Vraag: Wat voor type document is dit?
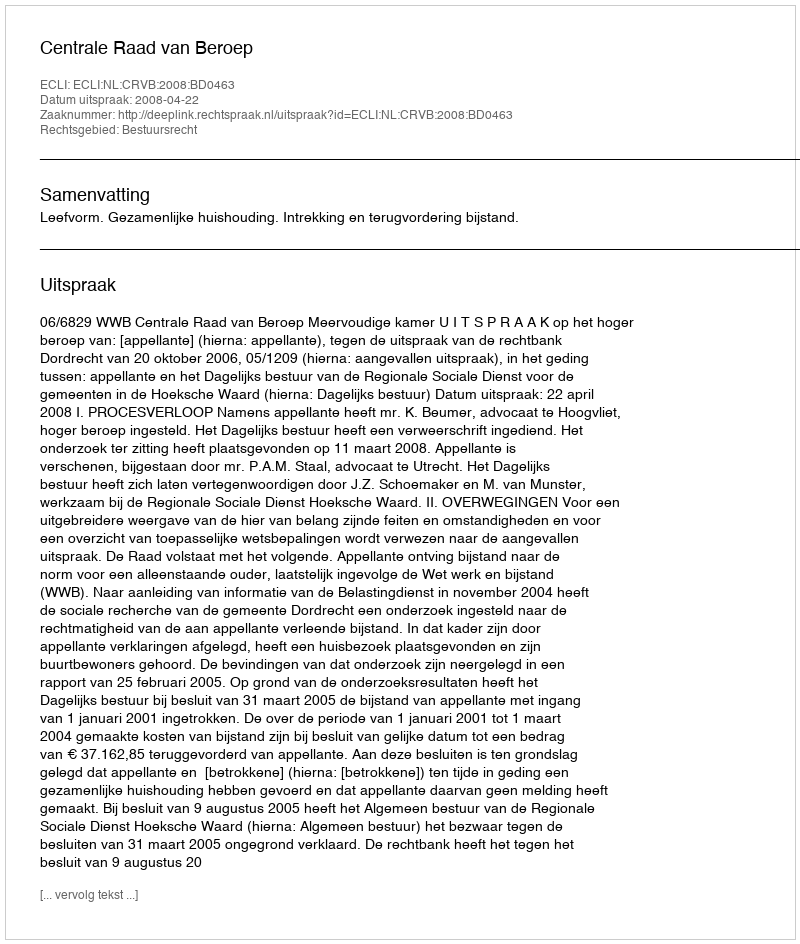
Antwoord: Uitspraak